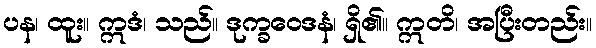
ပန၊ ထူး။ ဣဒံ၊ သည်။ ဒုက္ခဝေဒနံ၊ ရှိ၏။ ဣတိ၊ အပြီးတည်း။